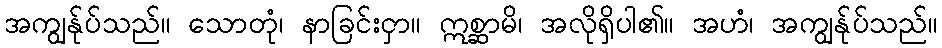
အကျွန်ုပ်သည်။ သောတုံ၊ နာခြင်းငှာ။ ဣစ္ဆာမိ၊ အလိုရှိပါ၏။ အဟံ၊ အကျွန်ုပ်သည်။